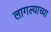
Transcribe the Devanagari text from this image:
लागल्याच्या